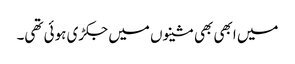
میں ابھی بھی مشینوں میں جکڑی ہوئی تھی۔